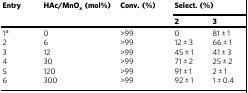
<table><thead><tr><td rowspan="2"><b>Entry</b></td><td rowspan="2"><b>HAc/MnO<sub><i>x</i></sub> (mol%)</b></td><td rowspan="2"><b>Conv. (%)</b></td><td colspan="2"><b>Select. (%)</b></td></tr><tr><td><b>2</b></td><td><b>3</b></td></tr></thead><tbody><tr><td>1<sup>a</sup></td><td>0</td><td>&gt;99</td><td>0</td><td>81 ± 1</td></tr><tr><td>2</td><td>6</td><td>&gt;99</td><td>12 ± 3</td><td>66 ± 1</td></tr><tr><td>3</td><td>12</td><td>&gt;99</td><td>45 ± 1</td><td>41 ± 3</td></tr><tr><td>4</td><td>30</td><td>&gt;99</td><td>71 ± 2</td><td>25 ± 2</td></tr><tr><td>5</td><td>120</td><td>&gt;99</td><td>91 ± 1</td><td>2 ± 1</td></tr><tr><td>6</td><td>300</td><td>&gt;99</td><td>92 ± 1</td><td>1 ± 0.4</td></tr></tbody></table>